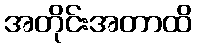
အတိုင်းအတာထိ